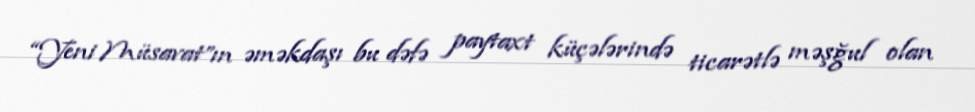
“Yeni Müsavat”ın əməkdaşı bu dəfə paytaxt küçələrində ticarətlə məşğul olan